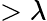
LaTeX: >\lambda